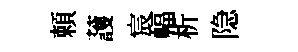
頼䕶宸幅析隐